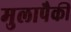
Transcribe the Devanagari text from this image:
मुलापैकी